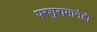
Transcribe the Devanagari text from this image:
परशुरामानेही